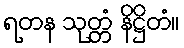
ရတန သုတ္တံ နိဋ္ဌိတံ။